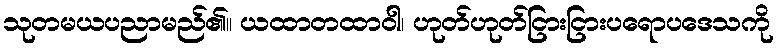
သုတမယပညာမည်၏။ ယထာတထာဝါ၊ ဟုတ်ဟုတ်ငြားငြားပရောပဒေသကို